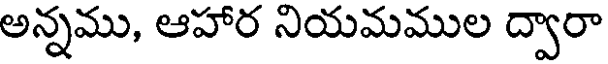
అన్నము, ఆహార నియమముల ద్వారా